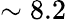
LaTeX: \sim 8.2